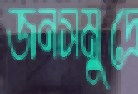
জনসমুদ্রে